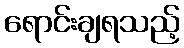
ရောင်းချရသည့်